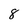
Character: 8